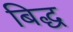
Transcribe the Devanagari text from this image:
बिद्ध